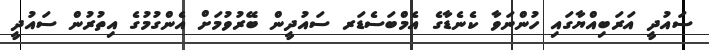
ސައުދީ އަރަބިއްޔާގައި ހުންނަވާ ކެނެޑާގެ އެމްބަސެޑަރ ސައުދީން ބޭރުވުމަށް އެންގުމުގެ އިތުރުން ސައުދީ